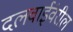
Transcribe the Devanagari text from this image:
दलवाईंवरील